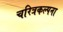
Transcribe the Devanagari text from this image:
चरित्रकल्पना